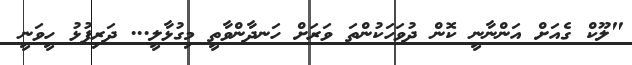
"ލޫކް ގެއަށް އަންނާނީ ކޮން ދުވަހަކުންތަ ވަރަށް ހަނދާންވާތީ މިގުޅާލީ... ދަރިފުޅު ހީވަނީ